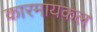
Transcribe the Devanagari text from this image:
कारमायकल